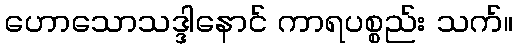
ဟောသောသဒ္ဒါနောင် ကာရပစ္စည်း သက်။